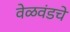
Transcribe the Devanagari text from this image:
वेळवंडचे